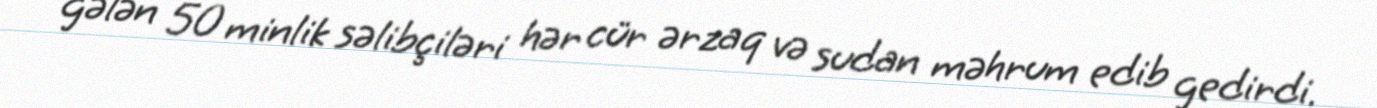
gələn 50 minlik səlibçiləri hər cür ərzaq və sudan məhrum edib gedirdi.